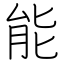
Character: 能